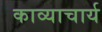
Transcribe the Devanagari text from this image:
काव्याचार्य